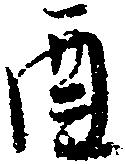
酉